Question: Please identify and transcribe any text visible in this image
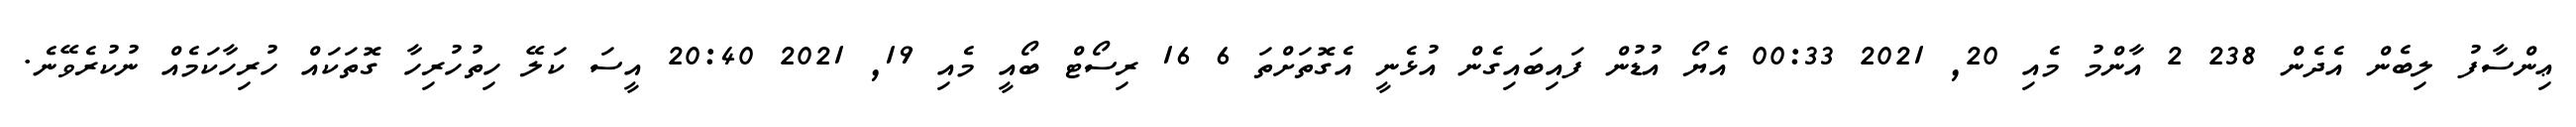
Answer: ޢިންސާފު ލިބެން އެދެން 238 2 އާންމު މެއި 20, 2021 00:33 އެޔޯ އުޑުން ފައިބައިގެން އުޅެނީ އެގޮތަށްތަ 6 16 ރިސޯޓް ބޯއީ މެއި 19, 2021 20:40 އީސަ ކަލޭ ހިތުހުރިހާ ގޮތަކައް ހުރިހާކަމެއް ނުކުރެވޭނެ.